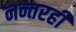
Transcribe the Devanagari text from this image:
नन्तरही